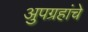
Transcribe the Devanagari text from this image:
अुपग्रहांचे